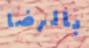
بالرضا